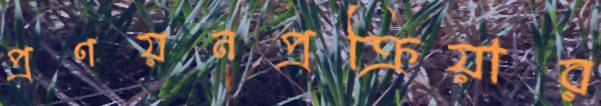
প্রণয়নপ্রক্রিয়ার